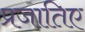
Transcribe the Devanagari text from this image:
प्रजातिए